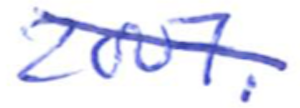
Text: 2007.
Cross-out: mix
Writing tool: ballpoint